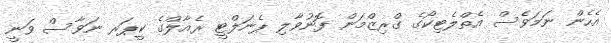
އެހެން ނަމަވެސް އެތްލެޓިކޯގެ ގްރިޒްމަން ފޮނުވާލި ޕެނަލްޓީ ރެއާލްގެ ކީޕަރ ނަވާސް ވަނީ